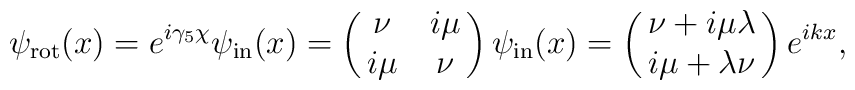
\psi_{\rm rot}(x) = e^{i\gamma_5 \chi} \psi_{\rm in}(x)= \pmatrix{\nu & i\mu \cr i\mu & \nu} \psi_{\rm in}(x)= \pmatrix{\nu + i\mu \lambda \cr i\mu + \lambda \nu}e^{ikx},